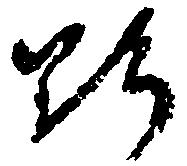
野